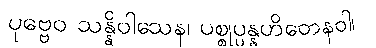
ပုဗ္ဗေဝ သန္နိဝါသေန၊ ပစ္စုပ္ပန္နဟိတေနဝါ၊